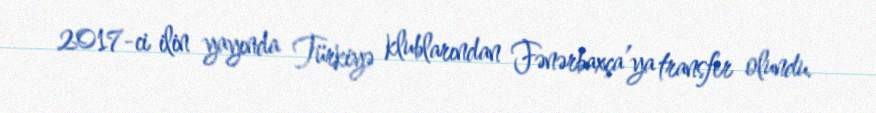
2017-ci ilin yayında Türkiyə klublarından Fənərbaxça’ya transfer olundu.